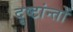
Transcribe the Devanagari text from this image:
दृष्टांन्तों